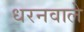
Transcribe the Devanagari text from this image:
धरनवाले